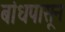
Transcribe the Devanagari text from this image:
बांधपासून